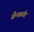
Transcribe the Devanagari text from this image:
सैन्यासहि